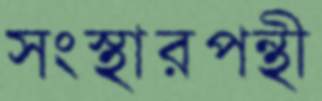
সংস্থারপন্থী